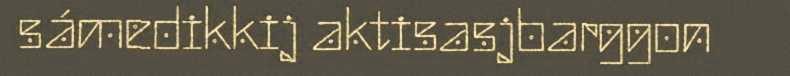
sámedikkij aktisasjbarggon